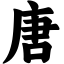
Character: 唐